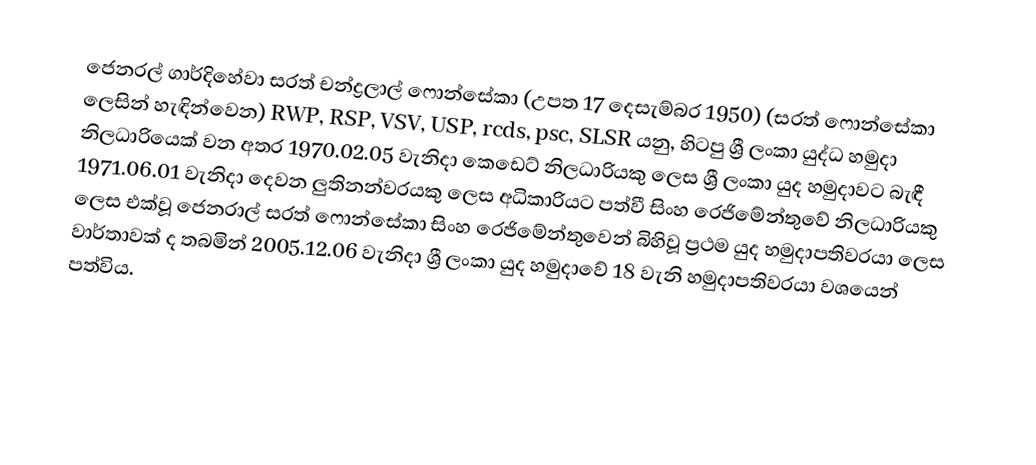
ජෙනරල් ගාර්දිහේවා සරත් චන්ද්‍රලාල් ෆොන්සේකා (උපත 17 දෙසැම්බර 1950) (සරත් ෆොන්සේකා ලෙසින් හැඳින්වෙන) RWP, RSP, VSV, USP, rcds, psc, SLSR යනු, හිටපු ශ්‍රී ලංකා යුද්ධ හමුදා නිලධාරියෙක් වන අතර 1970.02.05 වැනිදා කෙඩෙට්‌ නිලධාරියකු ලෙස ශ්‍රී ලංකා යුද හමුදාවට බැඳී 1971.06.01 වැනිදා දෙවන ලුතිනන්වරයකු ලෙස අධිකාරියට පත්වී සිංහ රෙජිමේන්තුවේ නිලධාරියකු ලෙස එක්‌වූ ජෙනරාල් සරත් ෆොන්සේකා සිංහ රෙජිමේන්තුවෙන් බිහිවූ ප්‍රථම යුද හමුදාපතිවරයා ලෙස වාර්තාවක්‌ ද තබමින් 2005.12.06 වැනිදා ශ්‍රී ලංකා යුද හමුදාවේ 18 වැනි හමුදාපතිවරයා වශයෙන් පත්විය.